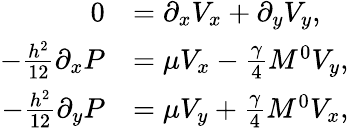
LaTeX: \begin{array}{rl}{0}&{=\partial_{x}V_{x}+\partial_{y}V_{y},}\\ {-\frac{h^{2}}{12}\partial_{x}P}&{=\mu V_{x}-\frac{\gamma}{4}M^{0}V_{y},}\\ {-\frac{h^{2}}{12}\partial_{y}P}&{=\mu V_{y}+\frac{\gamma}{4}M^{0}V_{x},}\end{array}